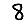
Digit: 8